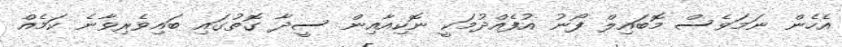
އެހެން ނަމަވެސް މޮބައިލް ފޯނު އުފެއްދުމަކީ ނޮކިއާއިން ސީދާ ގޮތުގައި ބައިވެރިވާނެ ކަމެއް